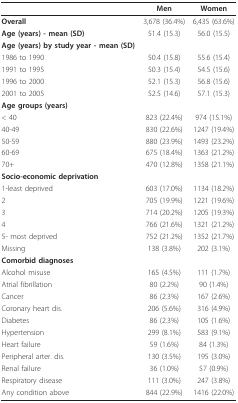
|  | Men | Women |
 | --- | --- | --- |
 | Overall | 3,678 (36.4%) | 6,435 (63.6%) |
 | Age (years) - mean (SD) | 51.4 (15.3) | 56.0 (15.5) |
 | Age (years) by study year - mean (SD) |  |  |
 | 1986 to 1990 | 50.4 (15.8) | 55.6 (15.4) |
 | 1991 to 1995 | 50.3 (15.4) | 54.5 (15.6) |
 | 1996 to 2000 | 52.1 (15.3) | 56.8 (15.6) |
 | 2001 to 2005 | 52.5 (14.6) | 57.1 (15.3) |
 | Age groups (years) |  |  |
 | < 40 | 823 (22.4%) | 974 (15.1%) |
 | 40-49 | 830 (22.6%) | 1247 (19.4%) |
 | 50-59 | 880 (23.9%) | 1493 (23.2%) |
 | 60-69 | 675 (18.4%) | 1363 (21.2%) |
 | 70+ | 470 (12.8%) | 1358 (21.1%) |
 | Socio-economic deprivation |  |  |
 | 1-least deprived | 603 (17.0%) | 1134 (18.2%) |
 | 2 | 705 (19.9%) | 1221 (19.6%) |
 | 3 | 714 (20.2%) | 1205 (19.3%) |
 | 4 | 766 (21.6%) | 1321 (21.2%) |
 | 5- most deprived | 752 (21.2%) | 1352 (21.7%) |
 | Missing | 138 (3.8%) | 202 (3.1%) |
 | Comorbid diagnoses |  |  |
 | Alcohol misuse | 165 (4.5%) | 111 (1.7%) |
 | Atrial fibrillation | 80 (2.2%) | 90 (1.4%) |
 | Cancer | 86 (2.3%) | 167 (2.6%) |
 | Coronary heart dis. | 206 (5.6%) | 316 (4.9%) |
 | Diabetes | 86 (2.3%) | 105 (1.6%) |
 | Hypertension | 299 (8.1%) | 583 (9.1%) |
 | Heart failure | 59 (1.6%) | 84 (1.3%) |
 | Peripheral arter. dis. | 130 (3.5%) | 195 (3.0%) |
 | Renal failure | 36 (1.0%) | 57 (0.9%) |
 | Respiratory disease | 111 (3.0%) | 247 (3.8%) |
 | Any condition above | 844 (22.9%) | 1416 (22.0%) |